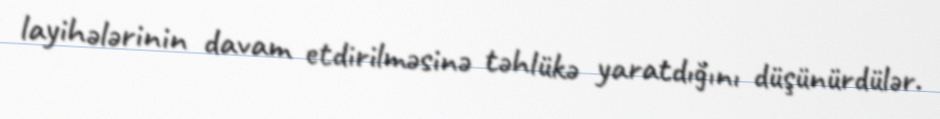
layihələrinin davam etdirilməsinə təhlükə yaratdığını düşünürdülər.